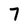
Character: 7